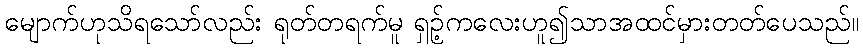
မျောက်ဟုသိရသော်လည်း ရုတ်တရက်မူ ရှဉ့်ကလေးဟူ၍သာအထင်မှားတတ်ပေသည်။